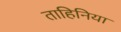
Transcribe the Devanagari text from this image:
ताहिनिया